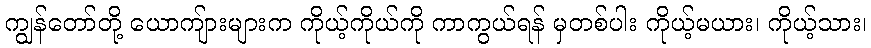
ကျွန်တော်တို့ ယောကျ်ားများက ကိုယ့်ကိုယ်ကို ကာကွယ်ရန် မှတစ်ပါး ကိုယ့်မယား၊ ကိုယ့်သား၊